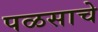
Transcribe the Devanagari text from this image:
पळसाचे